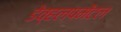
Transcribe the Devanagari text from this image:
डेव्हलपमेंटल